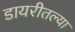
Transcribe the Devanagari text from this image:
डायरीतल्या